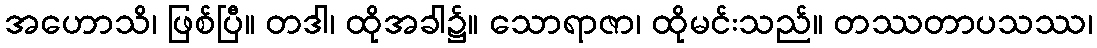
အဟောသိ၊ ဖြစ်ပြီ။ တဒါ၊ ထိုအခါ၌။ သောရာဇာ၊ ထိုမင်းသည်။ တဿတာပသဿ၊